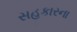
સહકારના